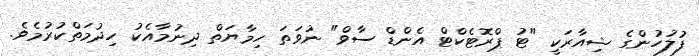
ފުލުހުންގެ ޝިއާރަކީ "ޓު ޕްރޮޓެކްޓް އެންޑް ސާވް" ނުވަތަ ހިމާޔަތް ދިނުމާއެކު ހިދުމަތްކުރުމެވެ.